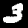
Digit: 3